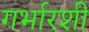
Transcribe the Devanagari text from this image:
गर्भारशी